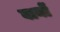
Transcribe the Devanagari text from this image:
बानों